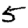
Digit: 5